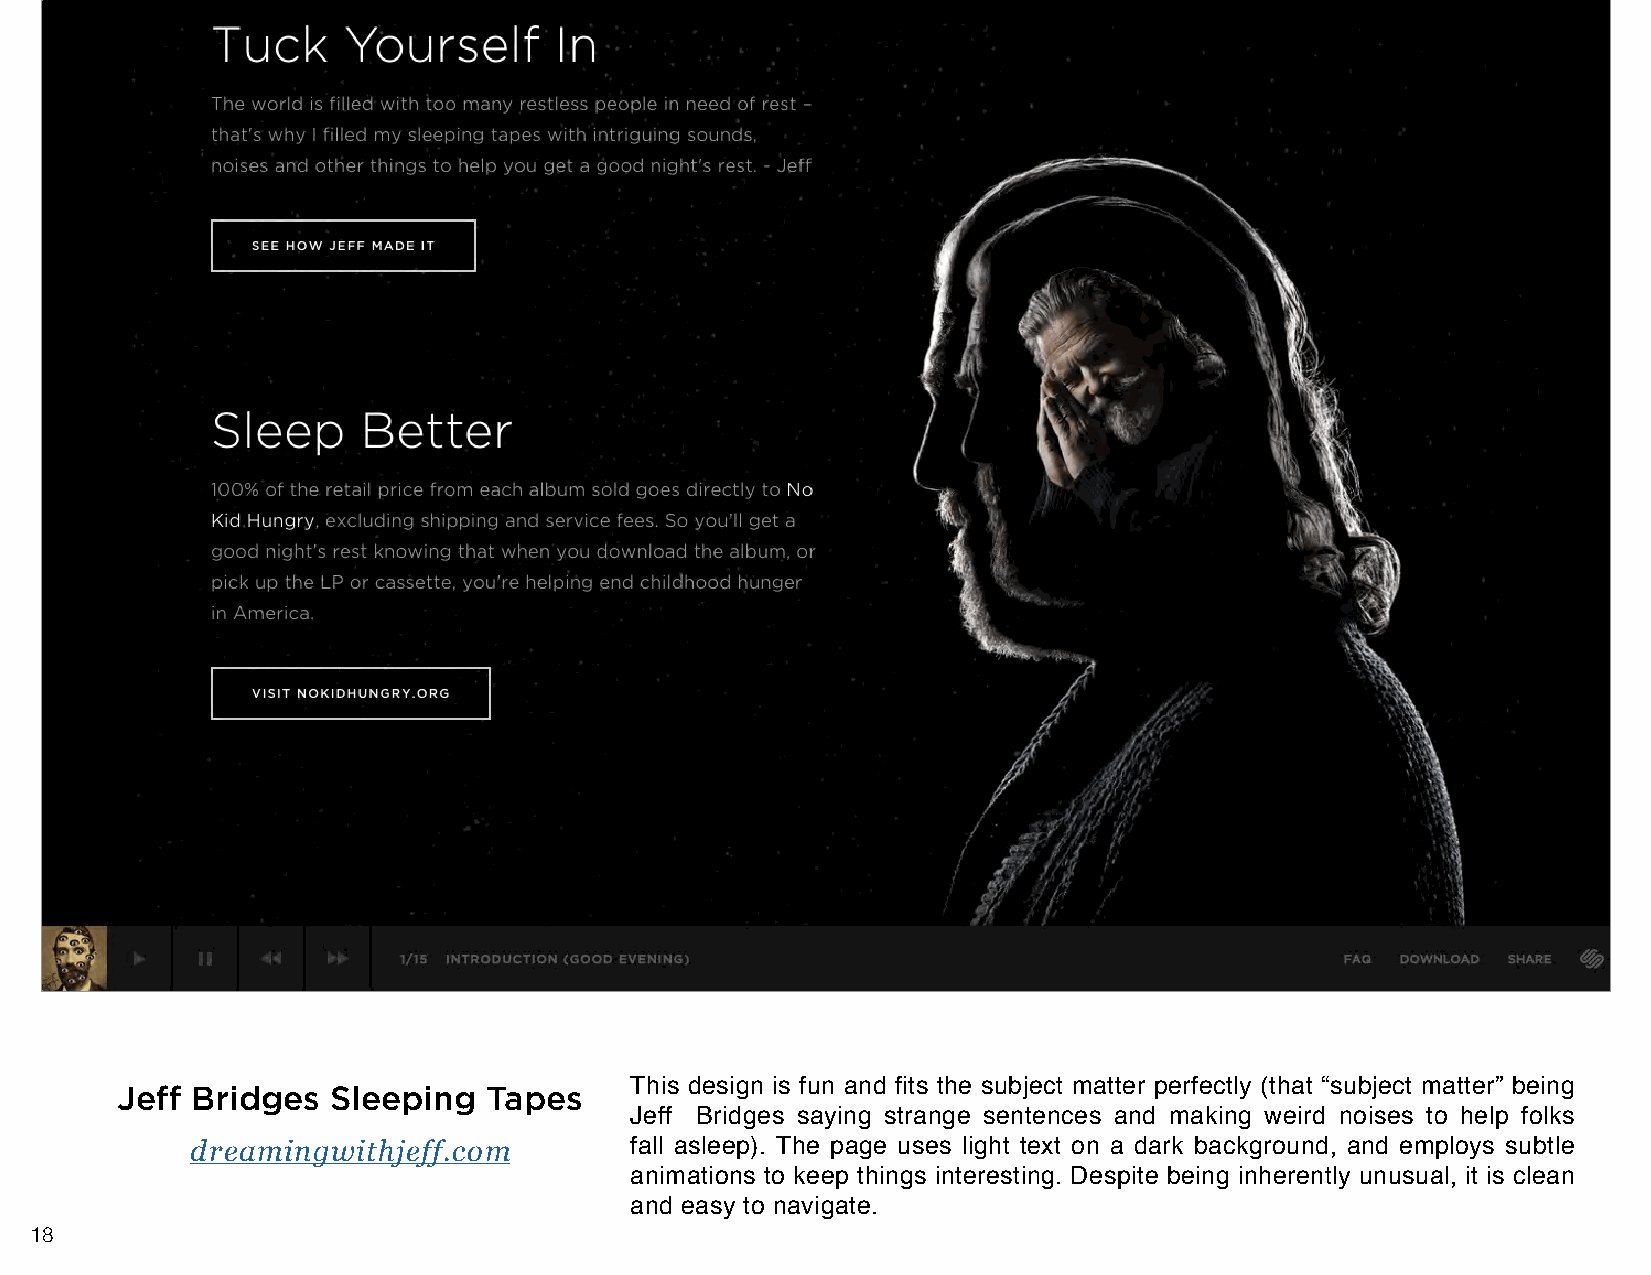
Jeff Bridges  Sleeping  Tapes     This design is fun and fits the subject matter perfectly (that “subject matter” being
 Jeff Bridges saying strange sentences and making weird noises to help folks
 dreamingwithjeff.com         fall asleep). The page uses light text on a dark background, and employs subtle
 animations to keep things interesting. Despite being inherently unusual, it is clean
 and easy to navigate.
 18